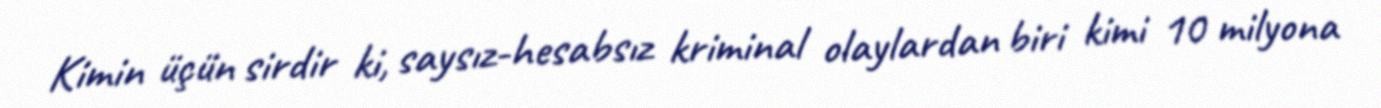
Kimin üçün sirdir ki, saysız-hesabsız kriminal olaylardan biri kimi 10 milyona